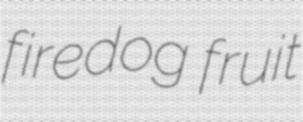
firedog fruit